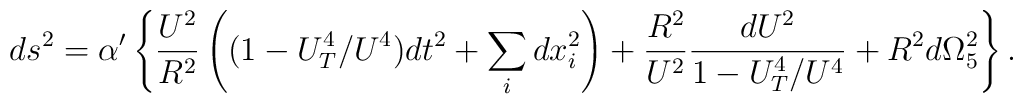
ds^2=\alpha'\left\{\frac{U^2}{R^2}\left((1-U_T^4/U^4)dt^2+  \sum_i dx_i^2\right)+\frac{R^2}{U^2}\frac{dU^2}{1-U_T^4/U^4}+R^2d\Omega_5^2\right\}.